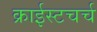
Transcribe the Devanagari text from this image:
क्राईस्टचर्च